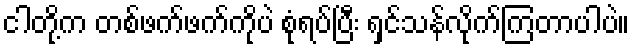
ငါတို့က တစ်ဖက်ဖက်ကိုပဲ စုံရပ်ပြီး ရှင်သန်လိုက်ကြတာပါပဲ။